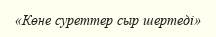
«Көне суреттер сыр шертеді»